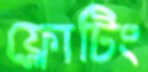
ফ্লোটিং